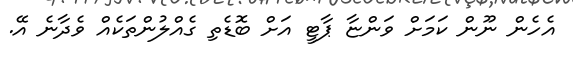
އެހެން ނޫން ކަމަށް ވަންޏާ ޕާޓީ އަށް ބޮޑެތި ގެއްލުންތަކެއް ވެދާނެ އޭ.